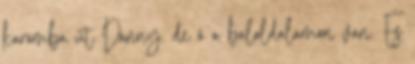
karomba üt Danny. de ő a baloldalamon van. És